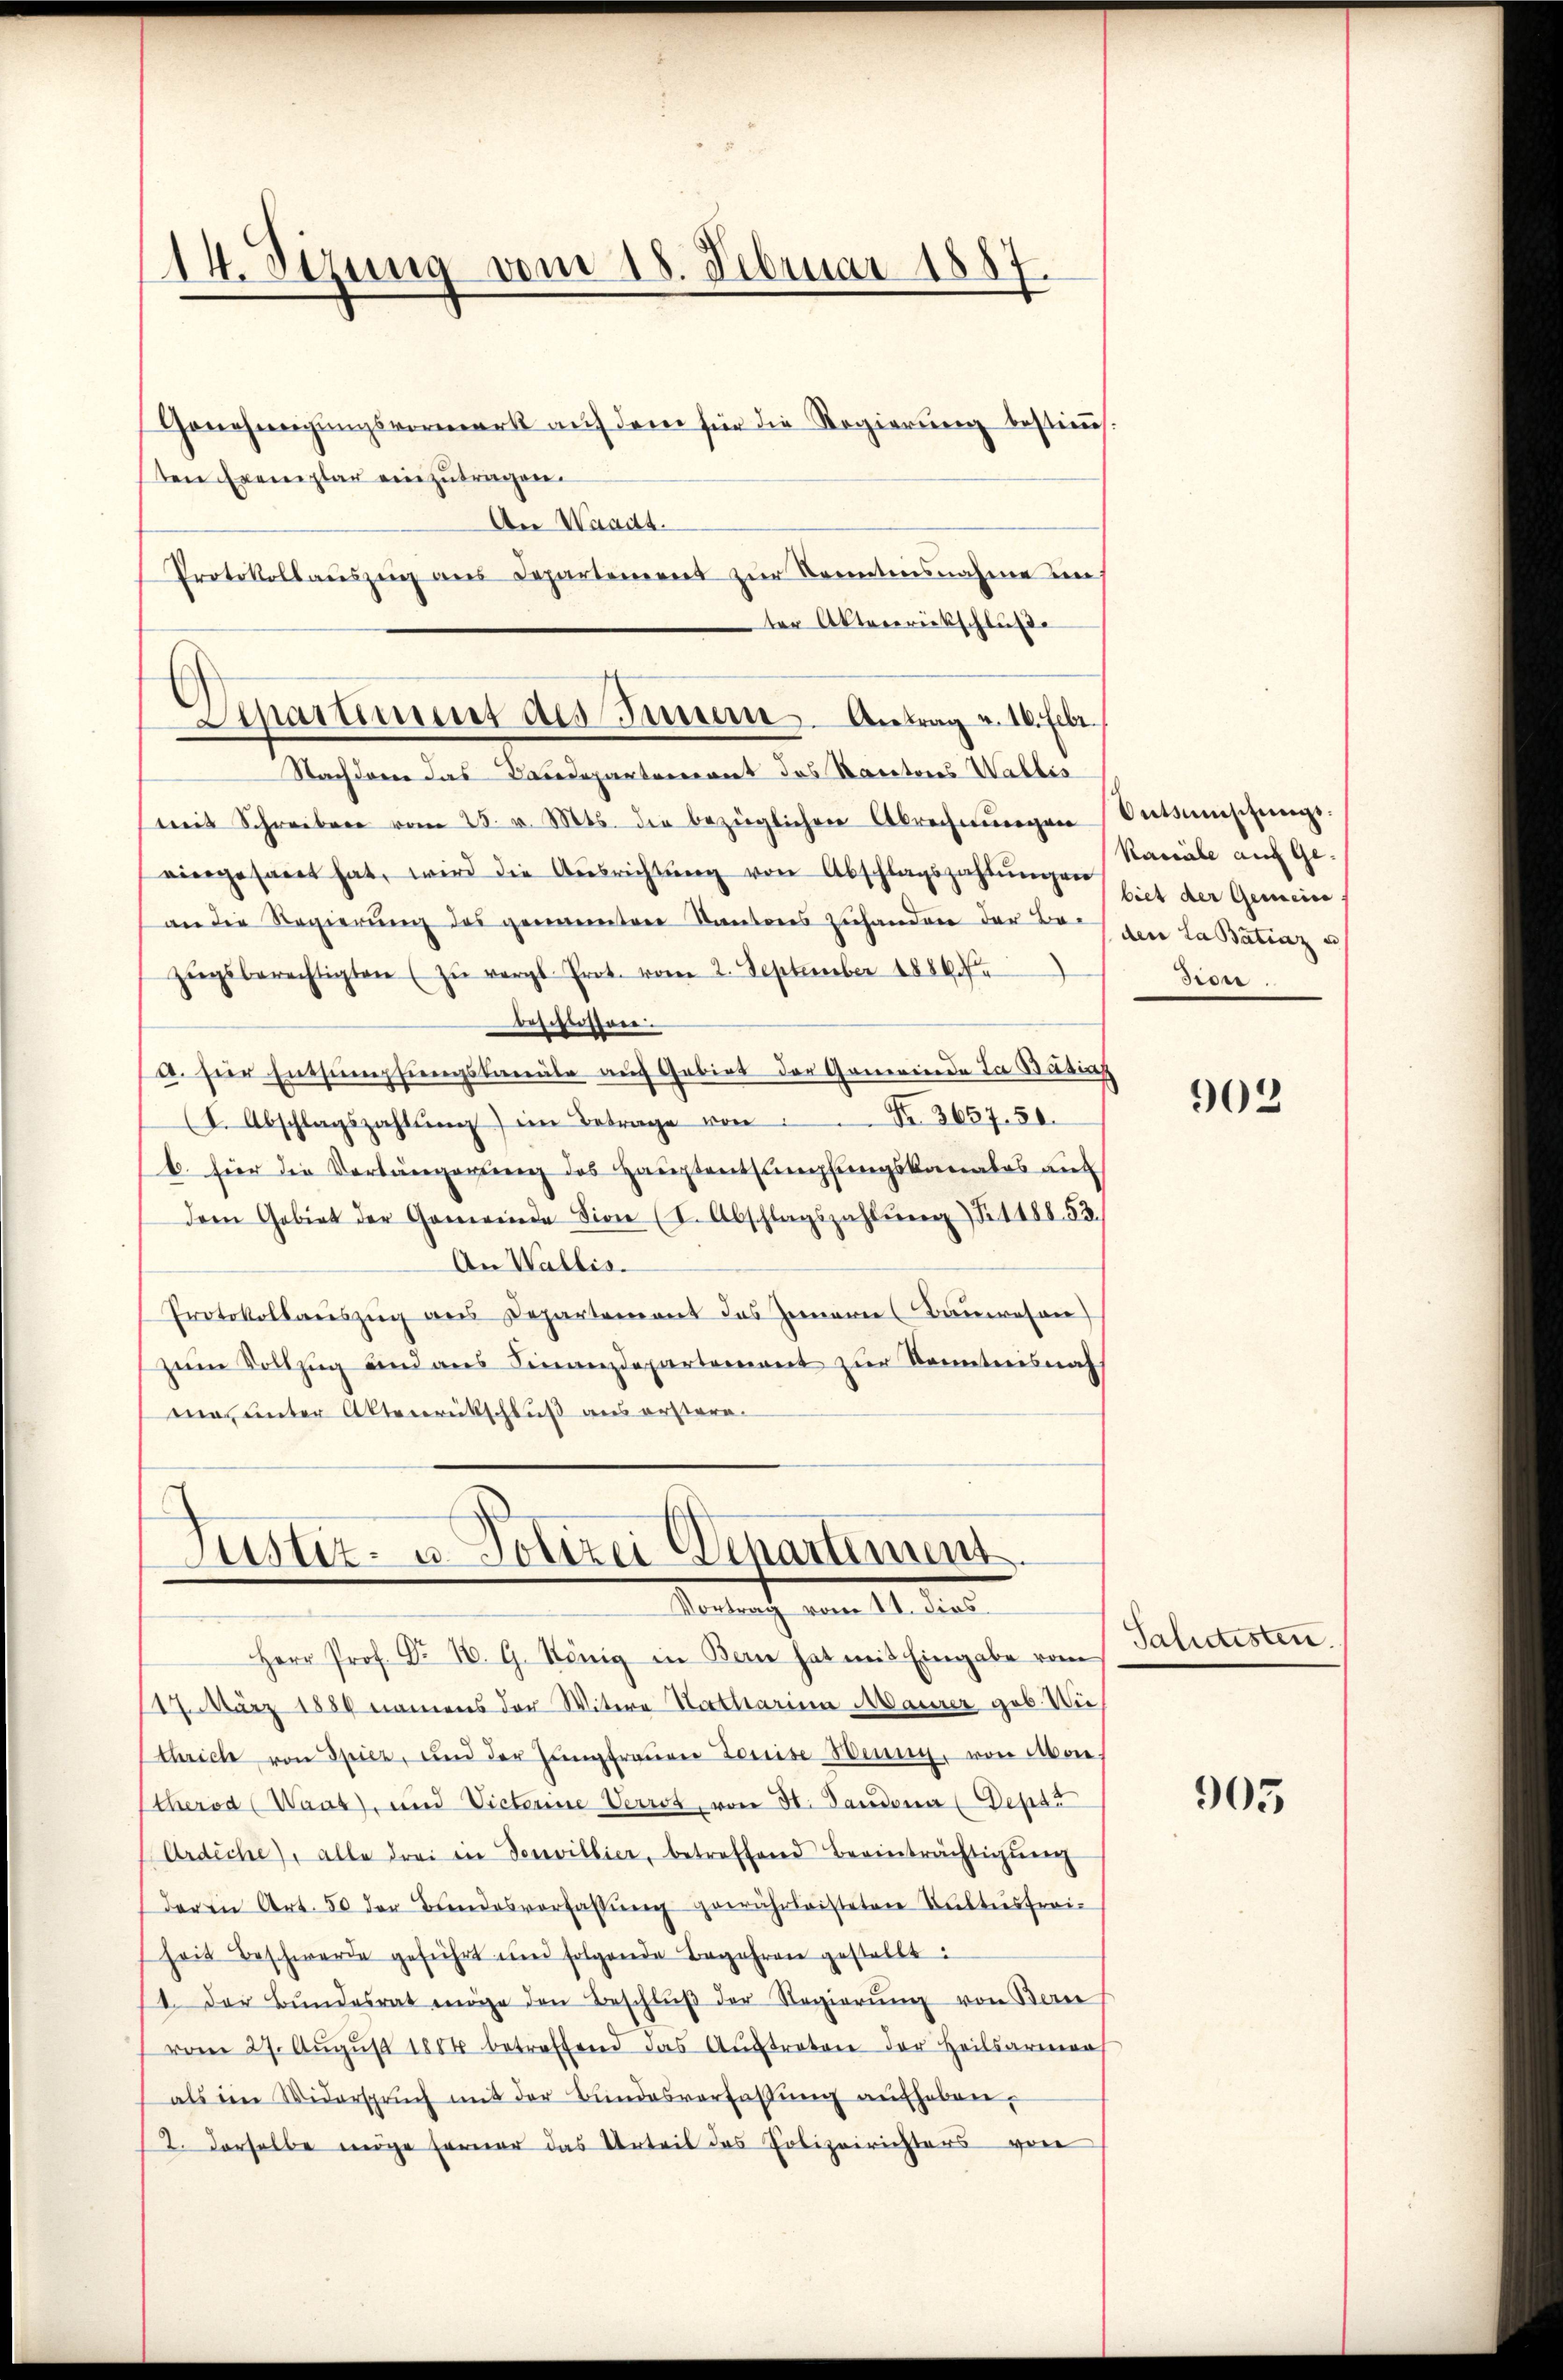
(14. Sizung vom 18. Februar 1887

Genehmigungsvormerk auf dem für die Regierung bestimmt
ten Exemplar einzutragen.
An Waadt.
Protokollauszeig aus Departement zur Sonntensnahme in
ter Aktenrückschluße
Nachderer das Baudepartement des Karatores Wallis
mit Schreiben vom 23. v. Mts. die bezüglichen Abrechnungen
viergesandt hat, wird die Aŭsrichtŭng von Abschlagszahlŭngen
an die Regierŭng des genannten Kantons zuhanden der Boden La Batinz u
zŭgsberechtigten (zŭ vergl. Prot. vom 2. September 1886.
beschlossen.
a. für Entsumpfungskanäle auch Gebiet der Generiende Ja Bätial
(I. Abschlagszahlŭng im Betrage von Nr. 3657. 50.
b. hier die Vorlängerung des Hauptentsumpfungskanales auf
dem Gebiet der Gemeinde sion (I. Abschlagszahlŭng S. 1188. 53.
An Wallis.
Protokollauszug aus Departement das Zimmern (Bauwesen
zŭm Vollzŭg und ans Finanzdepartement zur Kenntnisnah
mas unter Aktenrückschluß aus erstere.

¬
Sipartiment des Innern Antrag v. 16. Febr.

Justiz- u. Polizei Departement
Benach vom 11. die

Herr Prof. No. 10. G. König in Bern hat mit Eingabe vom
117. März 1880 namens der Witere Natharina Maurer geb. Wie
thrich von Spiez, und der Jungfrauen Louise-Wenig, von Aben
therid (Waat), und Victerine Verrot, von St. Gandona (Depts
Ardiche), alle drei in Teuvillier, betreffend Beeinträchtigŭng
deren Art. 50 der Bundesverfassŭng gewährleisteten Fultesfreiheit Beschwerde geführt und folgende Begehren gestellt:
1. Der Bŭndesrat möge den Beschlŭβ der Regierŭng von Berei
vom 27. Aŭgŭst 1884 betreffend das Aŭstraten der Heilsarmen
als im Widerspruch mit der Bundesverfassŭng aufheben,
2. Derselbe möge ferner das Urteil das Polizeirichters von

Antsumschungs.
Kassale auf Ge-
biet der Gemeine
sion.

902

Saldtesten.

905